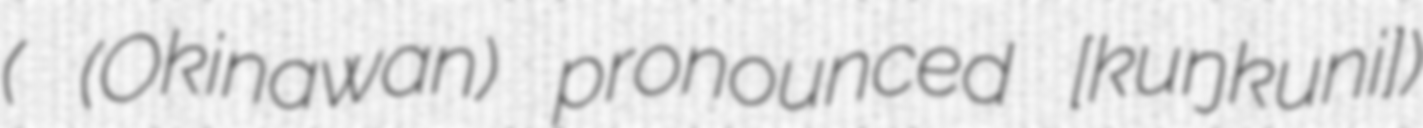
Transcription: (工工四 (Okinawan) pronounced [kuŋkunɕiː])